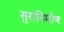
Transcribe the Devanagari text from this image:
सुरानिर्माण